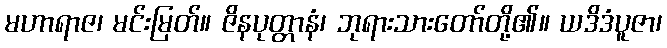
မဟာရာဇ၊ မင်းမြတ်။ ဇိနပုတ္တာနံ၊ ဘုရားသားတော်တို့၏။ ယဒိဒံပူဇာ၊